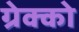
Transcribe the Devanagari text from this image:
ग्रेक्को